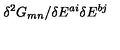
\delta ^ { 2 } G _ { m n } / \delta E ^ { a i } \delta E ^ { b j }